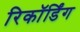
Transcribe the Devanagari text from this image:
रिकॉर्डिंग